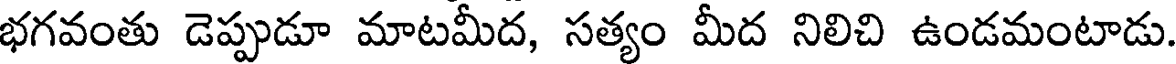
భగవంతు డెప్పుడూ మాటమీద, సత్యం మీద నిలిచి ఉండమంటాడు.